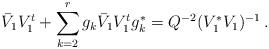
LaTeX: \begin{align*} \bar{V}_1 V_1^t + \sum_{k=2}^r g_k \bar{V}_1 V_1^t g_k^* = Q^{-2} ( V_1^* V_1 )^{-1} \,. \end{align*}